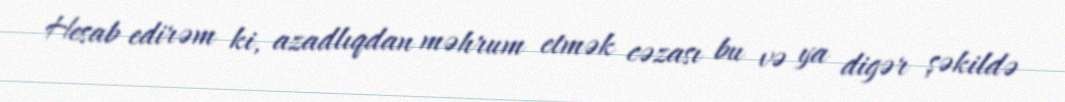
Hesab edirəm ki, azadlıqdan məhrum etmək cəzası bu və ya digər şəkildə